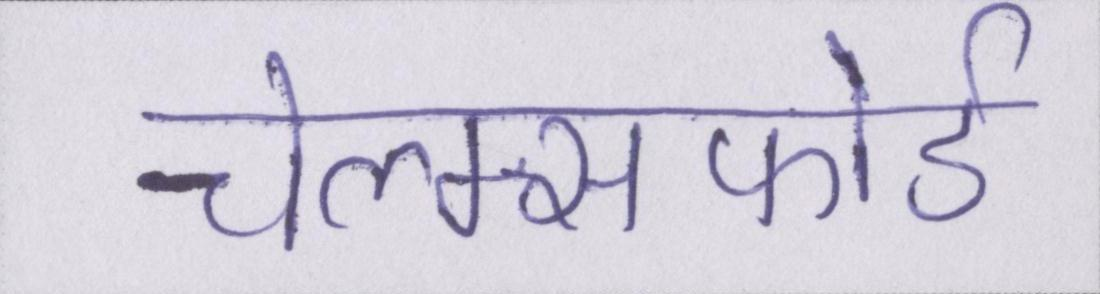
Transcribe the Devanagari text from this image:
चेल्म्सफोर्ड